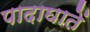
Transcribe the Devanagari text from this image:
पादाघातें